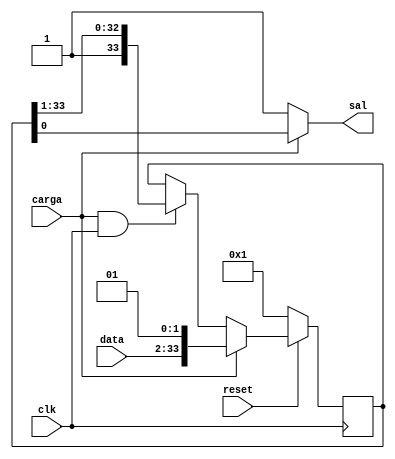
`timescale 1ns / 1ps
//////////////////////////////////////////////////////////////////////////////////
// Company: 
// Engineer: 
// 
// Design Name: 
// Module Name: d_registro
// Project Name: 
// Target Devices: 
// Tool Versions: 
// Description: 
// 
// Dependencies: 
// 
// Revision:
// Revision 0.01 - File Created
// Additional Comments:
// 
//////////////////////////////////////////////////////////////////////////////////
module desplaz(
    input wire [31:0]data,
    input wire carga,
    input wire reset,
    input wire clk,
    output wire sal);

reg [33:0] desplaza;

//-- Cuando la microorden load es 1 se carga la trama
//-- con load 0 se desplaza a la derecha y se envia un bit, al
//-- activarse la seal de clk_baud que marca el tiempo de bit
//-- Se introducen 1s por la izquierda
always @(posedge clk)
  if (reset == 0)
    desplaza <= 34'b1;

  else if (carga ==1)
    desplaza <= {data,2'b01};
  else if(carga==1 && clk==1)
    desplaza <= {1'b1, desplaza[33:1]};
    
assign sal = (carga) ? desplaza[0] : 1;

endmodule